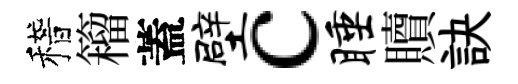
稽籕蓋壁c睡贖訣